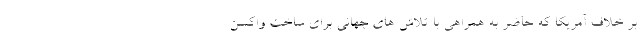
بر خلاف آمریکا که حاضر به همراهی با تلاش های جهانی برای ساخت واکسن